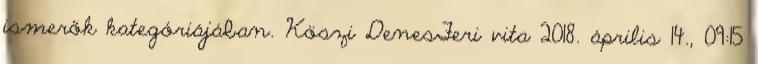
ismerők kategóriájában. Köszi DenesFeri vita 2018. április 14., 09:15